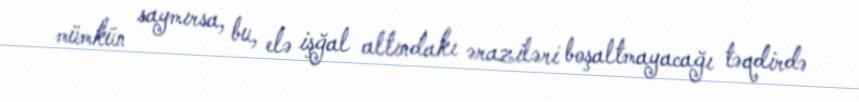
mümkün saymırsa, bu, elə işğal altındakı əraziləri boşaltmayacağı təqdirdə